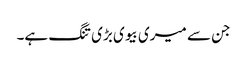
جن سے میری بیوی بڑی تنگ ہے۔